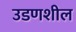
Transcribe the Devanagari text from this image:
उडणशील